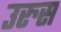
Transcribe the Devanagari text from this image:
उरुस